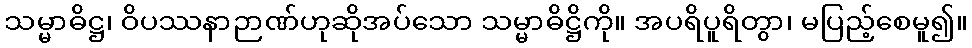
သမ္မာဓိဋ္ဌ၊ ဝိပဿနာဉာဏ်ဟုဆိုအပ်သော သမ္မာဓိဋ္ဌိကို။ အပရိပူရိတွာ၊ မပြည့်စေမူ၍။